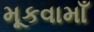
મૂકવામાઁ